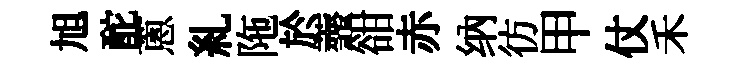
旭酡蔥糺陁於虀𧮳赤纳彷甲仗禾